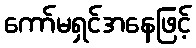
ကော်မရှင်အနေဖြင့်